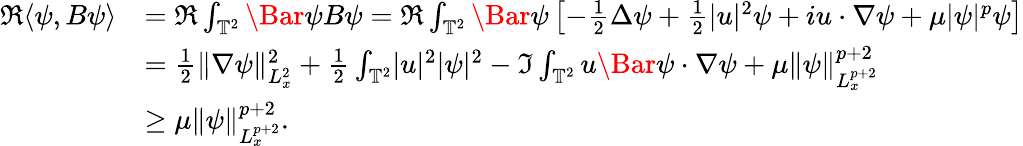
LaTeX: \begin{array}{rl}{\Re\langle\psi,B\psi\rangle}&{=\Re\int_{\mathbb{T}^{2}}\Bar{\psi}B\psi=\Re\int_{\mathbb{T}^{2}}\Bar{\psi}\left[-\frac{1}{2}\Delta\psi+\frac{1}{2}\lvert u\rvert^{2}\psi+iu\cdot\nabla\psi+\mu\lvert\psi\rvert^{p}\psi\right]}\\ &{=\frac{1}{2}\lVert\nabla\psi\rVert_{L_{x}^{2}}^{2}+\frac{1}{2}\int_{\mathbb{T}^{2}}\lvert u\rvert^{2}\lvert\psi\rvert^{2}-\Im\int_{\mathbb{T}^{2}}u\Bar{\psi}\cdot\nabla\psi+\mu\lVert\psi\rVert_{L_{x}^{p+2}}^{p+2}}\\ &{\ge\mu\lVert\psi\rVert_{L_{x}^{p+2}}^{p+2}.}\end{array}